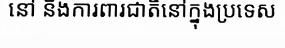
នៅ និងការពារជាតិនៅក្នុងប្រទេស